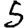
Digit: 5